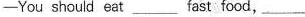
-You should eat__ fast food,__